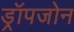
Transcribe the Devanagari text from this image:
ड्रॉपजोन